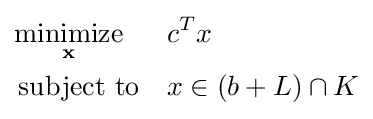
{\begin{aligned}&{\underset {\mathbf {x} }{\operatorname {minimize} }}&&c^{T}x\\&\operatorname {subject\ to} &&x\in (b+L)\cap K\end{aligned}}